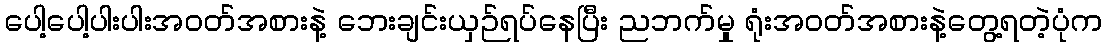
ပေါ့ပေါ့ပါးပါးအဝတ်အစားနဲ့ ဘေးချင်းယှဉ်ရပ်နေပြီး ညဘက်မှု ရုံးအဝတ်အစားနဲ့တွေ့ရတဲ့ပုံက